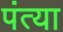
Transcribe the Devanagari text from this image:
पंत्या